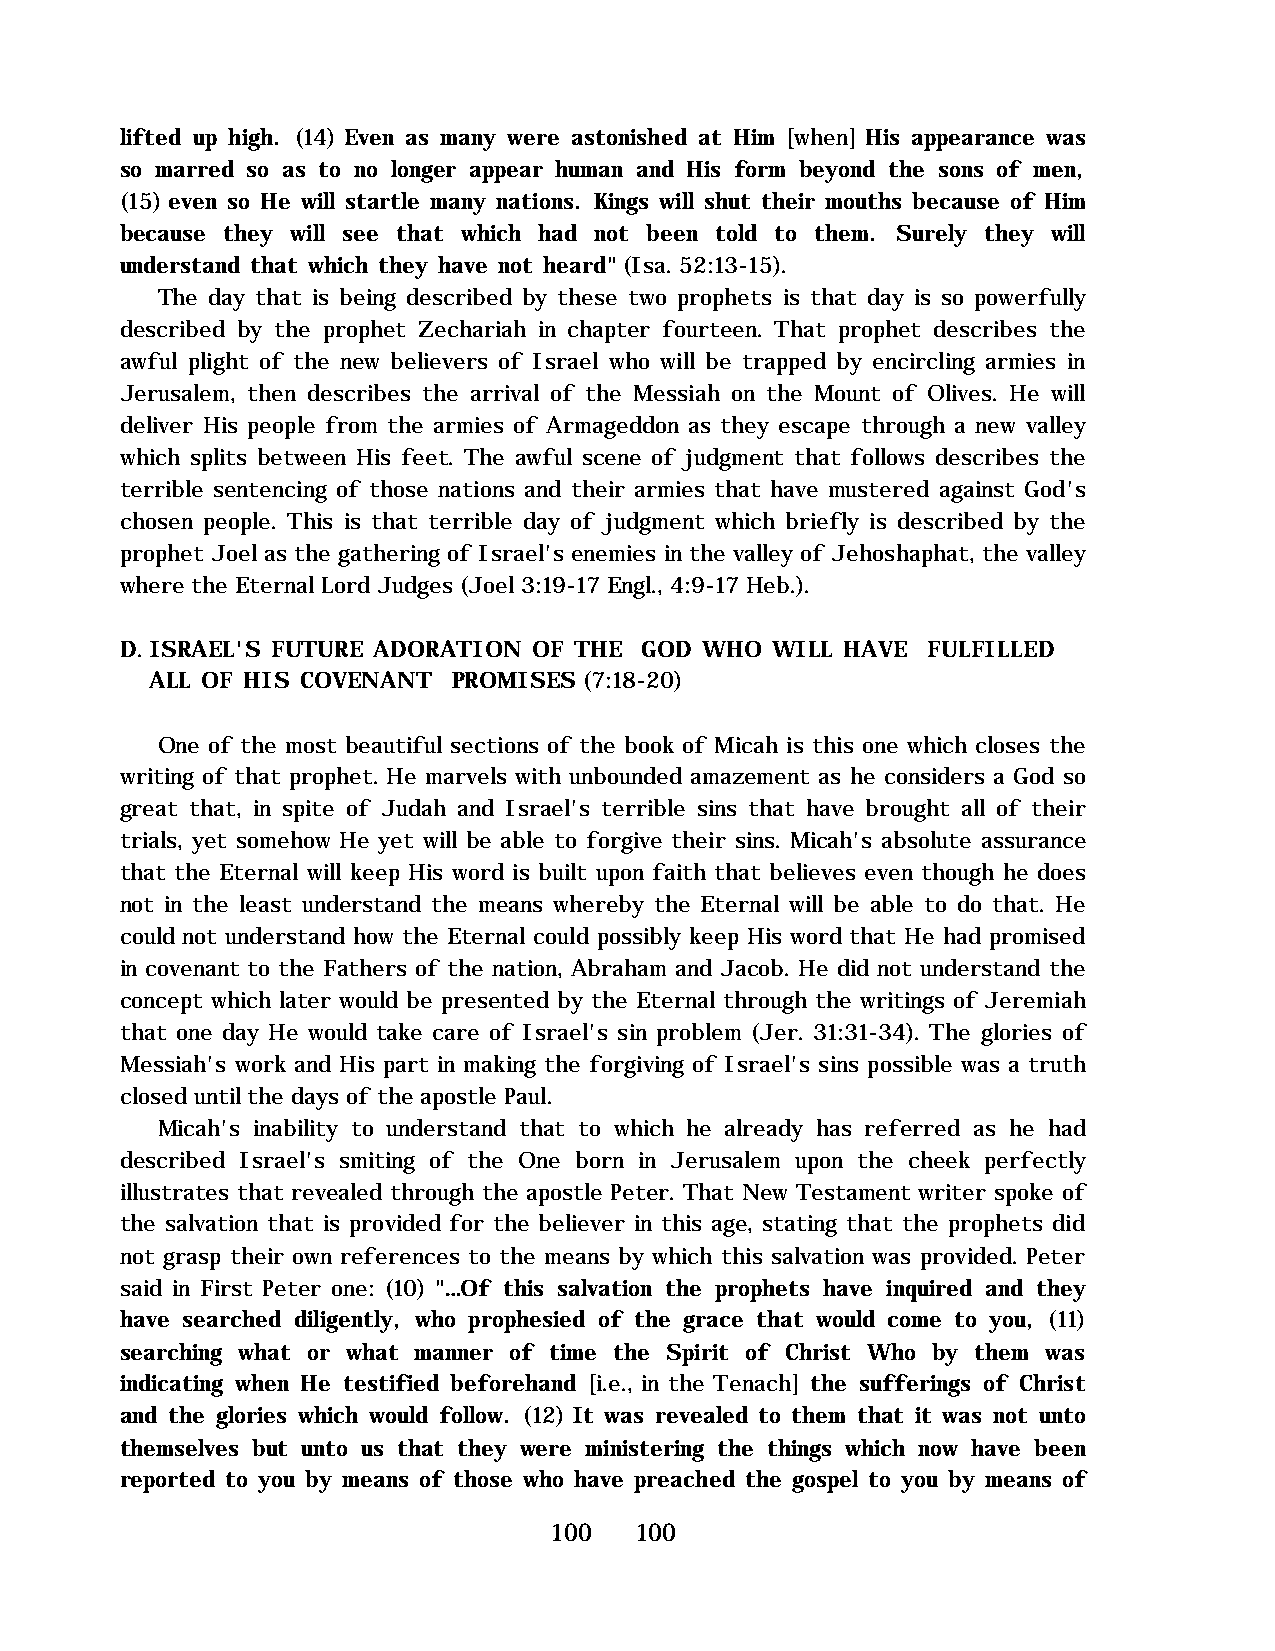
lifted up high. (14) Even as many were astonished at Him [when] His appearance was
 so marred so as to no longer appear human and His form beyond the sons of men,
 (15) even so He will startle many nations. Kings will shut their mouths because of Him
 because they will see that which had not been told to them. Surely they will
 understand that which they have not heard" (Isa. 52:13-15).
 The day that is being described by these two prophets is that day is so powerfully
 described by the prophet Zechariah in chapter fourteen. That prophet describes the
 awful plight of the new believers of Israel who will be trapped by encircling armies in
 Jerusalem, then describes the arrival of the Messiah on the Mount of Olives. He will
 deliver His people from the armies of Armageddon as they escape through a new valley
 which splits between His feet. The awful scene of judgment that follows describes the
 terrible sentencing of those nations and their armies that have mustered against God's
 chosen people. This is that terrible day of judgment which briefly is described by the
 prophet Joel as the gathering of Israel's enemies in the valley of Jehoshaphat, the valley
 where the Eternal Lord Judges (Joel 3:19-17 Engl., 4:9-17 Heb.).
 D. ISRAEL'S FUTURE ADORATION OF THE GOD WHO WILL HAVE FULFILLED
 ALL OF HIS COVENANT PROMISES (7:18-20)
 One of the most beautiful sections of the book of Micah is this one which closes the
 writing of that prophet. He marvels with unbounded amazement as he considers a God so
 great that, in spite of Judah and Israel's terrible sins that have brought all of their
 trials, yet somehow He yet will be able to forgive their sins. Micah's absolute assurance
 that the Eternal will keep His word is built upon faith that believes even though he does
 not in the least understand the means whereby the Eternal will be able to do that. He
 could not understand how the Eternal could possibly keep His word that He had promised
 in covenant to the Fathers of the nation, Abraham and Jacob. He did not understand the
 concept which later would be presented by the Eternal through the writings of Jeremiah
 that one day He would take care of Israel's sin problem (Jer. 31:31-34). The glories of
 Messiah's work and His part in making the forgiving of Israel's sins possible was a truth
 closed until the days of the apostle Paul.
 Micah's inability to understand that to which he already has referred as he had
 described Israel's smiting of the One born in Jerusalem upon the cheek perfectly
 illustrates that revealed through the apostle Peter. That New Testament writer spoke of
 the salvation that is provided for the believer in this age, stating that the prophets did
 not grasp their own references to the means by which this salvation was provided. Peter
 said in First Peter one: (10) "…Of this salvation the prophets have inquired and they
 have searched diligently, who prophesied of the grace that would come to you, (11)
 searching what or what manner of time the Spirit of Christ Who by them was
 indicating when He testified beforehand [i.e., in the Tenach] the sufferings of Christ
 and the glories which would follow. (12) It was revealed to them that it was not unto
 themselves but unto us that they were ministering the things which now have been
 reported to you by means of those who have preached the gospel to you by means of
 100   100